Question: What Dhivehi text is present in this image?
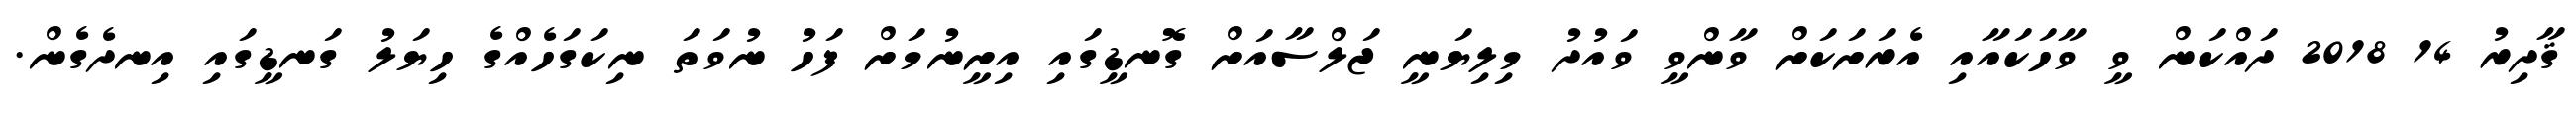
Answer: ޤާދިރު 14 2018 ދައްކަން ވީ ވާހަކައާއި އެރަށަކަށް ވާންވީ ވައުދު މިލިޔަނީ ޖަލްސާއަށް ގޮނޑީގައި އިށީނުމަށް ފަހު ނުވަތަ ނިކަގަހެއްގެ ހިޔަލު ގަނޑީގައި އިނދެގެން.